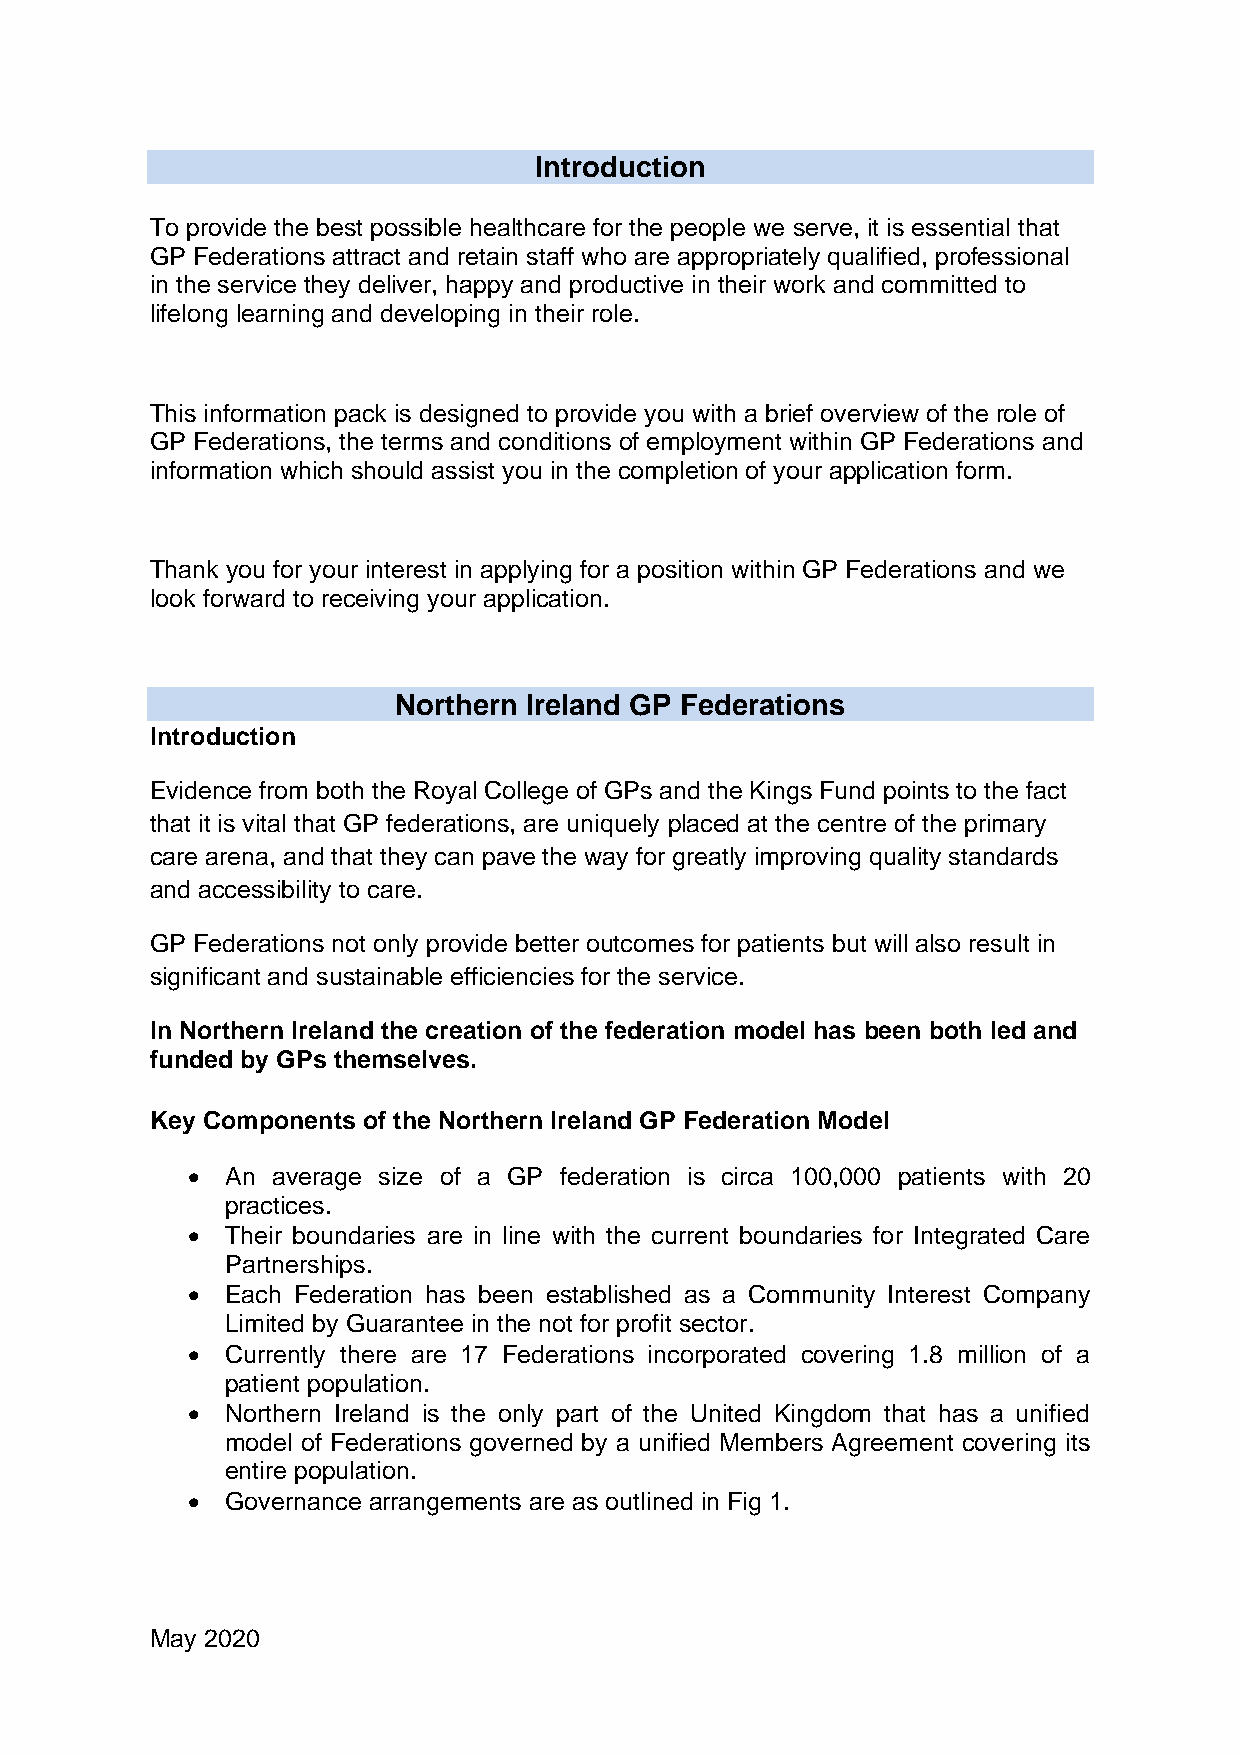
Introduction
 To provide the best possible healthcare for the people we serve, it is essential that
 GP Federations attract and retain staff who are appropriately qualified, professional
 in the service they deliver, happy and productive in their work and committed to
 lifelong learning and developing in their role.
 This information pack is designed to provide you with a brief overview of the role of
 GP Federations, the terms and conditions of employment within GP Federations and
 information which should assist you in the completion of your application form.
 Thank you for your interest in applying for a position within GP Federations and we
 look forward to receiving your application.
 Northern Ireland GP Federations
 Introduction
 Evidence from both the Royal College of GPs and the Kings Fund points to the fact
 that it is vital that GP federations, are uniquely placed at the centre of the primary
 care arena, and that they can pave the way for greatly improving quality standards
 and accessibility to care.
 GP Federations not only provide better outcomes for patients but will also result in
 significant and sustainable efficiencies for the service.
 In Northern Ireland the creation of the federation model has been both led and
 funded by GPs themselves.
 Key Components of the Northern Ireland GP Federation Model
 •  An average size of a GP federation is circa 100,000 patients with 20
 practices.
 •  Their boundaries are in line with the current boundaries for Integrated Care
 Partnerships.
 •  Each Federation has been established as a Community Interest Company
 Limited by Guarantee in the not for profit sector.
 •  Currently there are 17 Federations incorporated covering 1.8 million of a
 patient population.
 •  Northern Ireland is the only part of the United Kingdom that has a unified
 model of Federations governed by a unified Members Agreement covering its
 entire population.
 •  Governance arrangements are as outlined in Fig 1.
 May 2020